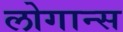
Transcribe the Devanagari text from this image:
लोगान्स